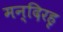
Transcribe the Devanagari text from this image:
मन्दिरहृ